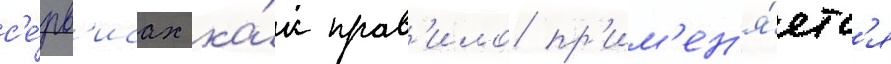
с'е́рв'исах ка́к прав'ило пр'им'ен'я́етс'я